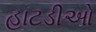
હાટડીઓ